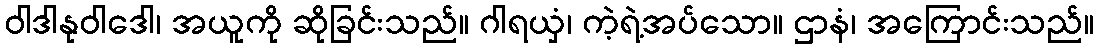
ဝါဒါနုဝါဒေါ၊ အယူကို ဆိုခြင်းသည်။ ဂါရယှံ၊ ကဲ့ရဲ့အပ်သော။ ဌာနံ၊ အကြောင်းသည်။